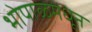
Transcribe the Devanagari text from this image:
भोपाळमधून